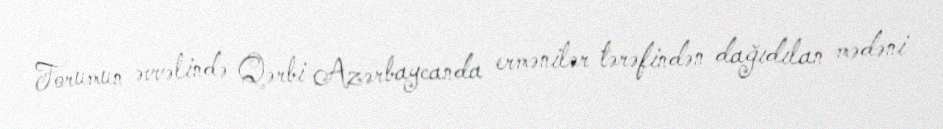
Forumun əvvəlində Qərbi Azərbaycanda ermənilər tərəfindən dağıdılan mədəni